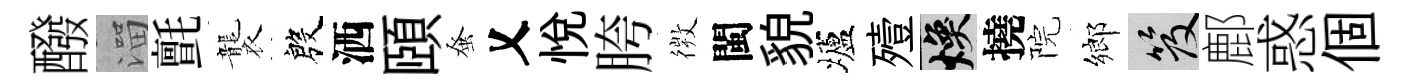
醱溜氈襲殷洒頤𫊫乂悦胯𢕄閩貌壚殪焕撓院鄉笈鄜惑個